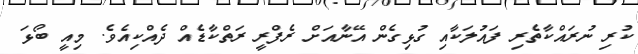
ކުރި ނުރައްކާތެރި ފައުލަކާއި ގުޅިގެން އޭނާއަށް ރެފްރީ ރަތްކާޑެއް ދެއްކިއެވެ. މިއީ ބޯޅަ